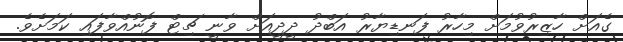
ގެއަށް ހާޒިރުވުމަށް މިހާރު ފަނޑިޔާރު އަބްދު ދީދީއަށް ވާނީ ޗިޓް ފޮނުއްވާފައި ކަމަށެވެ.